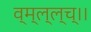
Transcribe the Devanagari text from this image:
व्म्ल्ल्च्।।